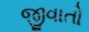
જીવાતો